Vaccination in Bombay 1874-1876 - 1874-1876
Year: 1874
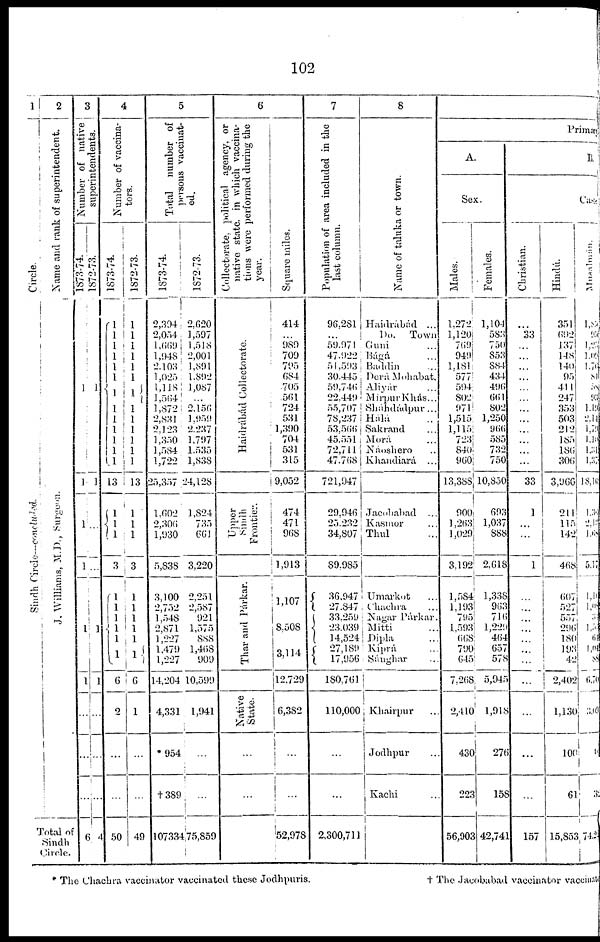
102
1
Circle.
Sindh Circle—continued.
2
Name and rank of superintendent.
J. Williams, M.D., Surgeon.
Total of
Sindh
Circle.
3
Number of native
superintendents.
1873-74.
1
1
1
1
1
1
...
...
...
6
1872-73.
1
1
...
...
1
1
...
...
...
4
4
Number of vaccina-
tors.
1873-74.
1
1
1
1
1
1
1
1
1
1
1
1
1
1
13
1
1
l
3
1
1
1
1
1
1
1
6
2
...
...
50
1872-73.
1
1
1
1
1
1
1
1
1
1
1
1
1
1
13
1
1
1
3
1
1
1
1
1
1
6
1
...
...
49
5
Total number of
persons vaccinat-
ed.
1873-74.
2,304
2,054
1,669
1,948
2,103
1,025
1,118
1,564
1,872
2,831
2,123
1,350
1,584
1,722
25,357
1,602
2,306
1,930
5,838
3,100
2,752
1, 548
2,871
1,227
1,479
1,227
14,204
4,331
*954
†389
107334
1872-73.
2,620
1,597
1,518
2,001
1,891
1,892
1,087
...
2,156
1,959
2,237
1,797
1,535
1,838
24,128
1,824
735
661
3,220
2,251
2,587
921
1,575
888
1,468
909
10,599
1,941
...
...
75,859
6
Collectorate, political agency, or
native state. in which vaccina-
tions were performed during the
year.
Haidrábád Collectorate.
Upper
Sindh
Frontier.
Thar and Párkar.
Native
State.
...
...
Square miles.
414
...
989
709
795
684
705
561
724
531
1,390
704
531
315
9,052
474
471
968
1,913
1,107
8,508
3,114
12,729
6,382
...
...
52,978
7
Population of area included in the
last column.
96,281
...
59,971
47,922
51,593
30,445
59,746
22,449
55,707
78,237
53,566
45,551
72,711
47,768
721,947
29,946
25,232
34,807
89,985
36,947
27,847
33,259
23,039
14,524
27,189
17,956
180,761
110,000
...
...
2,300,711
8
Name of taluka or town.
Haidrábád ...
Do. Town
Guni ...
Bágá ...
Baddin ...
Derá Mohabat.
Aliyár ...
Mirpur Khás...
Sháhdádpur ...
Hálá ..
Sakrand ...
Morá ...
Náoshero ..
Khandiará
...
Jacobabad
...
Kasmor ...
Thul ...
Umarkot ...
Chachra ...
Nagar Párkar.
Mitti ...
Dipla ...
Kiprá ...
Sánghar ...
Khairpur ...
Jodhpur ...
Kachi ...
Primary
A.
Sex.
Males.
1,272
1,120
769
949
1,181
577
594
802
971
1,515
1,115
723
840
960
13,388
900
1,263
l,029
3,192
1,584
1,193
795
1,593
668
790
645
7,268
2,410
430
223
56,903
Females.
1,104
583
750
853
884
434
496
661
802
1,250
966
585
732
750
10,850
693
1,037
888
2,618
1,338
963
716
1,229
464
657
578
5,945
1,918
276
158
42,741
B.
Cast
Christian.
...
33
...
...
...
...
...
...
...
...
...
...
...
...
33
1
...
...
1
...
...
...
...
...
...
...
...
...
...
...
157
Hindu.
351
692
137
148
140
95
411
247
353
503
212
185
186
306
3,966
211
115
142
468
607
527
557
296
180
193
42
2,402
1,130
100
61
15,853
Musalman.
l,80
95
1,20
l,03
1,74
81
50
93
1,19
2,14
1,79
1, 10
1, 31
1, 37
18,10
1, 30
2, 12
1, 68
5,17
l,1
1,0
30
1,50
64
1,0
88
6,70
3, 09
32
742
* The Chachra vaccinator vaccinated these Jodhpuris.
† The Jacobabad vaccinator vaccinal